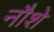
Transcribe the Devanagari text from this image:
नौशे